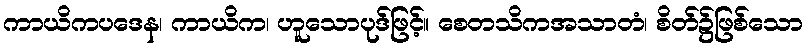
ကာယိကပဒေန၊ ကာယိက၊ ဟူသောပုဒ်ဖြင့်။ စေတသိကအသာတံ၊ စိတ်၌ဖြစ်သော